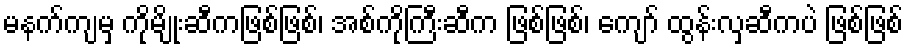
မနက်ကျမှ ကိုမျိုးဆီကဖြစ်ဖြစ်၊ အစ်ကိုကြီးဆီက ဖြစ်ဖြစ်၊ ကျော် ထွန်းလှဆီကပဲ ဖြစ်ဖြစ်